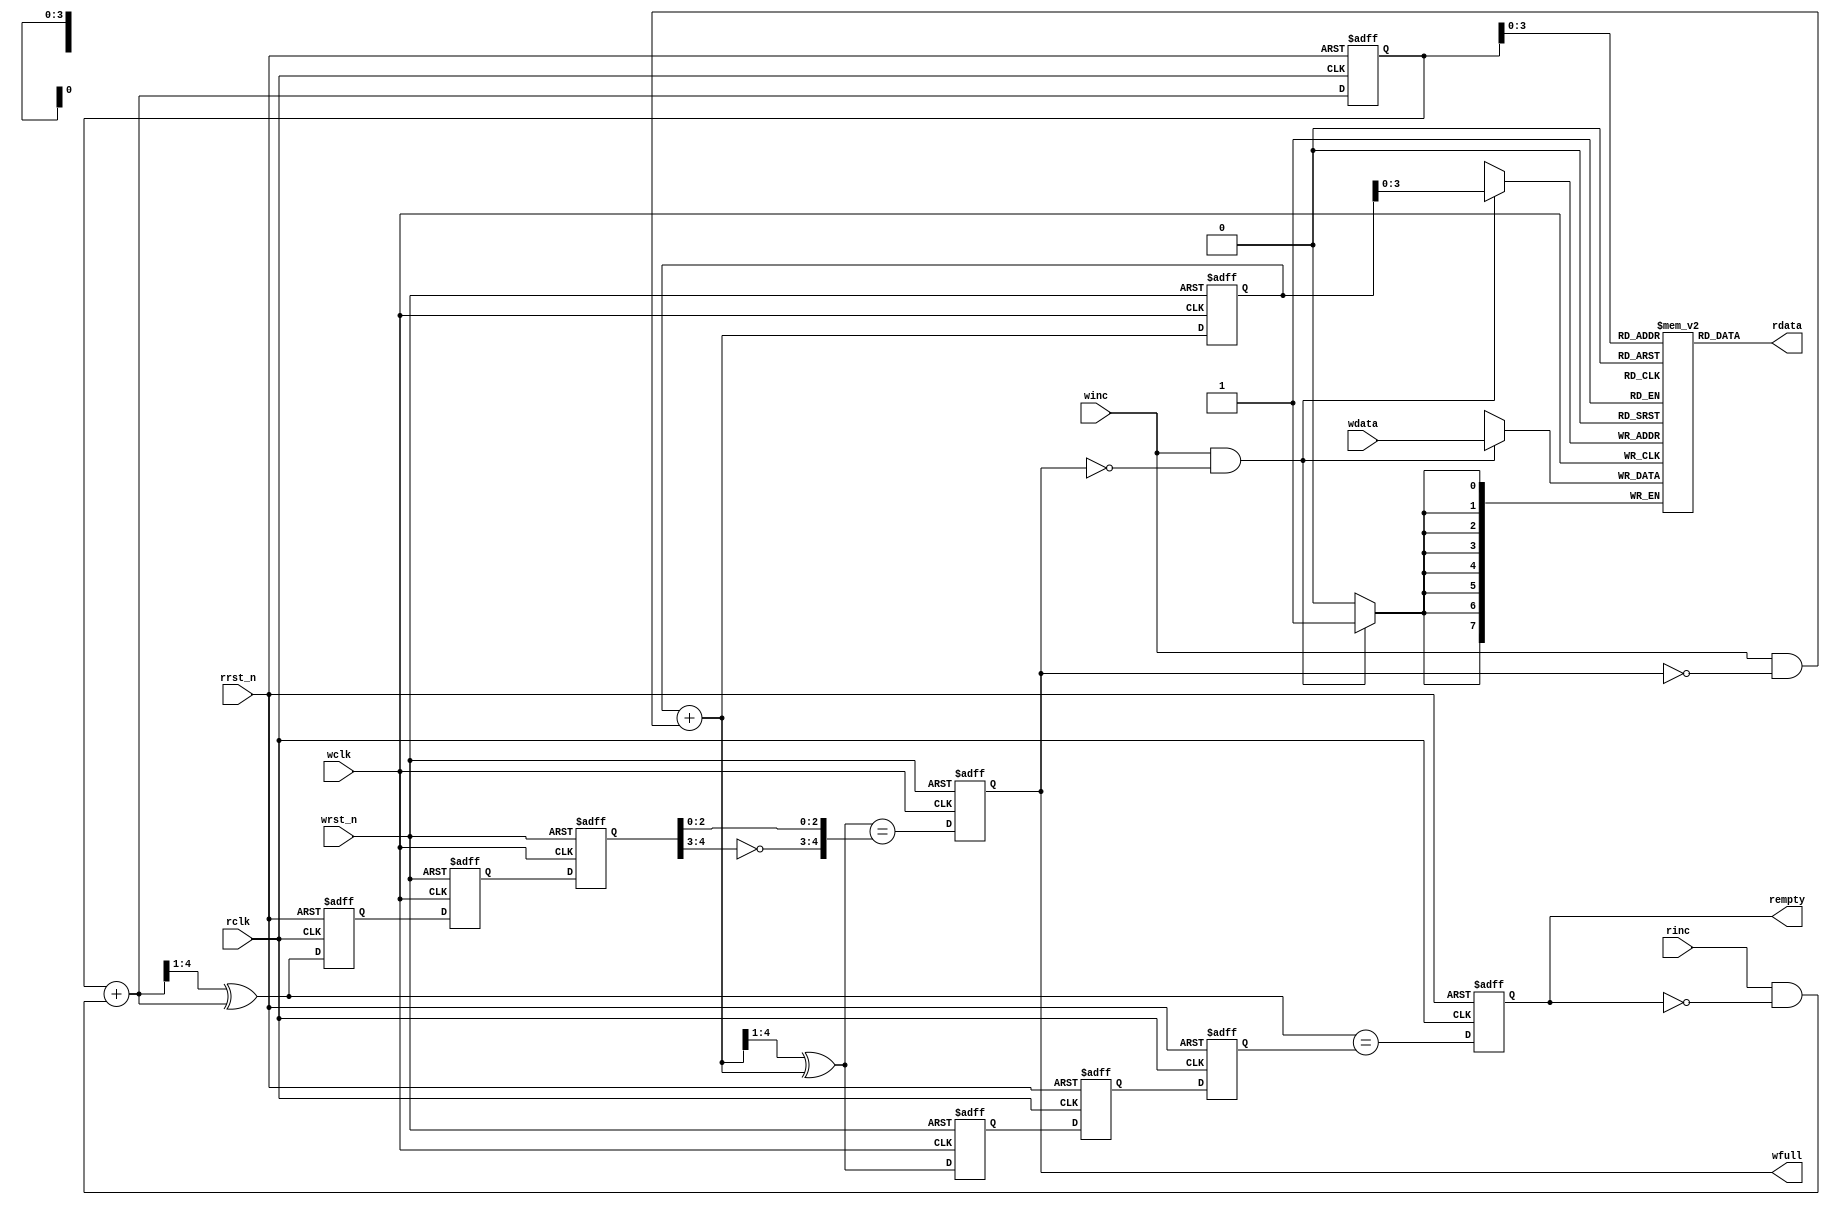
module fifo1(rdata, wfull, rempty, wdata, winc, wclk, wrst_n,rinc, rclk, rrst_n);
      parameter DSIZE = 8;
      parameter ASIZE = 4;
      output [DSIZE-1:0] rdata;
      output wfull;
      output rempty;
      input [DSIZE-1:0] wdata;
      input winc, wclk, wrst_n;
      input rinc, rclk, rrst_n;

  reg wfull,rempty;
  reg [ASIZE:0] wptr, rptr, wq2_rptr, rq2_wptr, wq1_rptr,rq1_wptr;
  reg [ASIZE:0] rbin, wbin;
  reg [DSIZE-1:0] mem[0:(1<<ASIZE)-1];
  wire [ASIZE-1:0] waddr, raddr;
  wire [ASIZE:0]  rgraynext, rbinnext,wgraynext,wbinnext;
  wire  rempty_val,wfull_val;
//-----------------RAM--------------------
   assign rdata=mem[raddr];
   always@(posedge wclk)
     if (winc && !wfull) mem[waddr] <= wdata;
//-------------rptr -------------------------
   always @(posedge wclk or negedge wrst_n)
          if (!wrst_n) {wq2_rptr,wq1_rptr} <= 0;
          else {wq2_rptr,wq1_rptr} <= {wq1_rptr,rptr};
//-------------wptr---------------------------
    always @(posedge rclk or negedge rrst_n)
        if (!rrst_n) {rq2_wptr,rq1_wptr} <= 0;
        else {rq2_wptr,rq1_wptr} <= {rq1_wptr,wptr};
//-------------remptyraddr-------------------
//-------------------
// GRAYSTYLE2 pointer
//-------------------
   always @(posedge rclk or negedge rrst_n)
   begin
       if (!rrst_n) {rbin, rptr} <= 0;
       else {rbin, rptr} <= {rbinnext, rgraynext};
   end
// Memory read-address pointer (okay to use binary to address memory)
  assign raddr = rbin[ASIZE-1:0];
  assign rbinnext = rbin + (rinc & ~rempty);
  assign rgraynext = (rbinnext>>1) ^ rbinnext;
//---------------------------------------------------------------
// FIFO empty when the next rptr == synchronized wptr or on reset
//---------------------------------------------------------------
  assign rempty_val = (rgraynext == rq2_wptr);
  always @(posedge rclk or negedge rrst_n)
    begin
      if (!rrst_n) rempty <= 1'b1;
      else rempty <= rempty_val;
    end
//---------------wfullwaddr------------------------------
// GRAYSTYLE2 pointer

 always @(posedge wclk or negedge wrst_n)
   if (!wrst_n) {wbin, wptr} <= 0;
   else {wbin, wptr} <= {wbinnext, wgraynext};
// Memory write-address pointer (okay to use binary to address memory)
   assign waddr = wbin[ASIZE-1:0];
   assign wbinnext = wbin + (winc & ~wfull);
   assign wgraynext = (wbinnext>>1) ^ wbinnext;
//------------------------------------------------------------------
// Simplified version of the three necessary full-tests:
// assign wfull_val=((wgnext[ADDRSIZE] !=wq2_rptr[ADDRSIZE] ) &&
// (wgnext[ADDRSIZE-1] !=wq2_rptr[ADDRSIZE-1]) &&
// (wgnext[ADDRSIZE-2:0]==wq2_rptr[ADDRSIZE-2:0]));
//------------------------------------------------------------------
   assign wfull_val = (wgraynext=={~wq2_rptr[ASIZE:ASIZE-1],
                       wq2_rptr[ASIZE-2:0]});

 always @(posedge wclk or negedge wrst_n)
     if (!wrst_n) wfull <= 1'b0;
     else wfull <= wfull_val;
endmodule